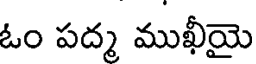
ఓం పద్మ ముఖీయై